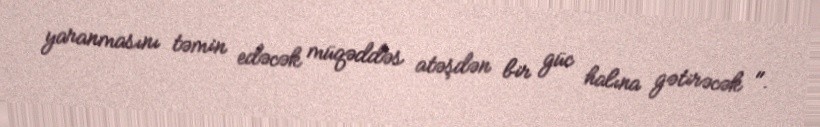
yaranmasını təmin edəcək müqəddəs atəşdən bir güc halına gətirəcək ".